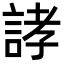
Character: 誟